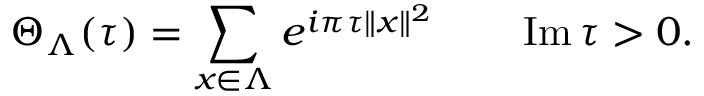
\Theta _ { \Lambda } ( \tau ) = \sum _ { x \in \Lambda } e ^ { i \pi \tau \| x \| ^ { 2 } } \qquad \operatorname { I m } \tau > 0 .